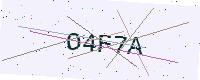
Text: O4F7A